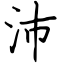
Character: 沛